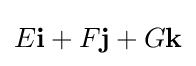
E\mathbf {i} +F\mathbf {j} +G\mathbf {k}